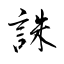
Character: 誅